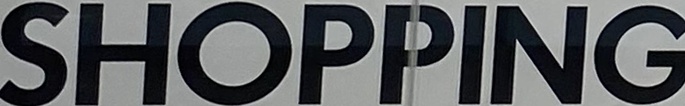
SHOPPING